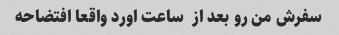
سفرش من رو بعد از  ساعت اورد واقعا افتضاحه